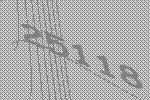
25118